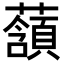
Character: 𧂃